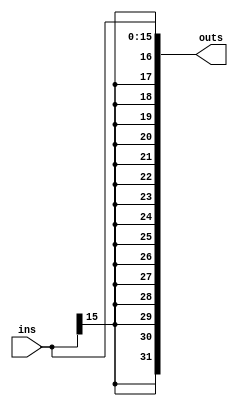
`timescale 1ns / 1ps
//////////////////////////////////////////////////////////////////////////////////
// Company: 
// Engineer: 
// 
// Design Name: 
// Module Name: sign_ext
// Project Name: 
// Target Devices: 
// Tool Versions: 
// Description: 
// 
// Dependencies: 
// 
// Revision:
// Revision 0.01 - File Created
// Additional Comments:
// 
//////////////////////////////////////////////////////////////////////////////////


module sign_ext(input [15:0]ins,output [31:0]outs);
assign outs={{16{ins[15]}},ins};
endmodule